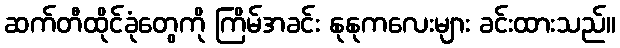
ဆက်တီထိုင်ခုံတွေကို ကြိမ်အခင်း နုနုကလေးများ ခင်းထားသည်။